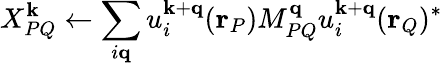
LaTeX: X_{PQ}^{\mathbf{k}}\leftarrow\sum_{i\mathbf{q}}u_{i}^{\mathbf{k}+\mathbf{q}}(\mathbf{r}_{P})M_{PQ}^{\mathbf{q}}u_{i}^{\mathbf{k}+\mathbf{q}}(\mathbf{r}_{Q})^{*}